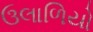
ઉલાળિયો